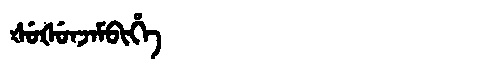
Manchu: ᡧᡠᡧᡠᠨᠵᠠᠮᠪᡳᡥᡝ
Romanization: ŠUŠUNJAMBIHE